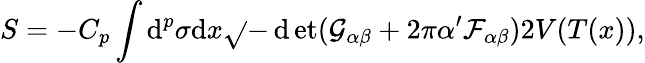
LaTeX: S=-C_{p}\int\mathrm{d}^{p}\sigma\mathrm{d}x\sqrt{}{{-\operatorname*{\mathrm{d}et}(\mathcal{{G}}_{\alpha\beta}+2\pi\alpha^{\prime}\mathcal{{F}}_{\alpha\beta})}}2V(T(x)),